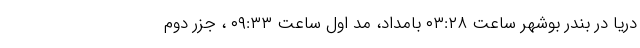
دریا در بندر بوشهر ساعت ۰۳:۲۸ بامداد، مد اول ساعت ۰۹:۳۳ ، جزر دوم